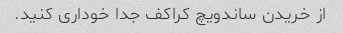
از خریدن ساندویچ کراکف جدا خوداری کنید.